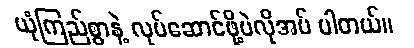
ယုံကြည်စွာနဲ့ လုပ်ဆောင်ဖို့ပဲလိုအပ် ပါတယ်။